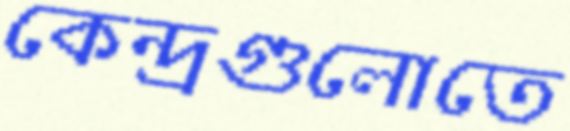
কেন্দ্রগুলোতে